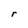
Character: r